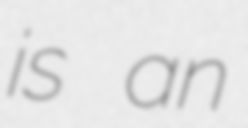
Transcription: is an